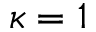
\kappa = 1